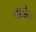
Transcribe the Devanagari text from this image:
वाजेन